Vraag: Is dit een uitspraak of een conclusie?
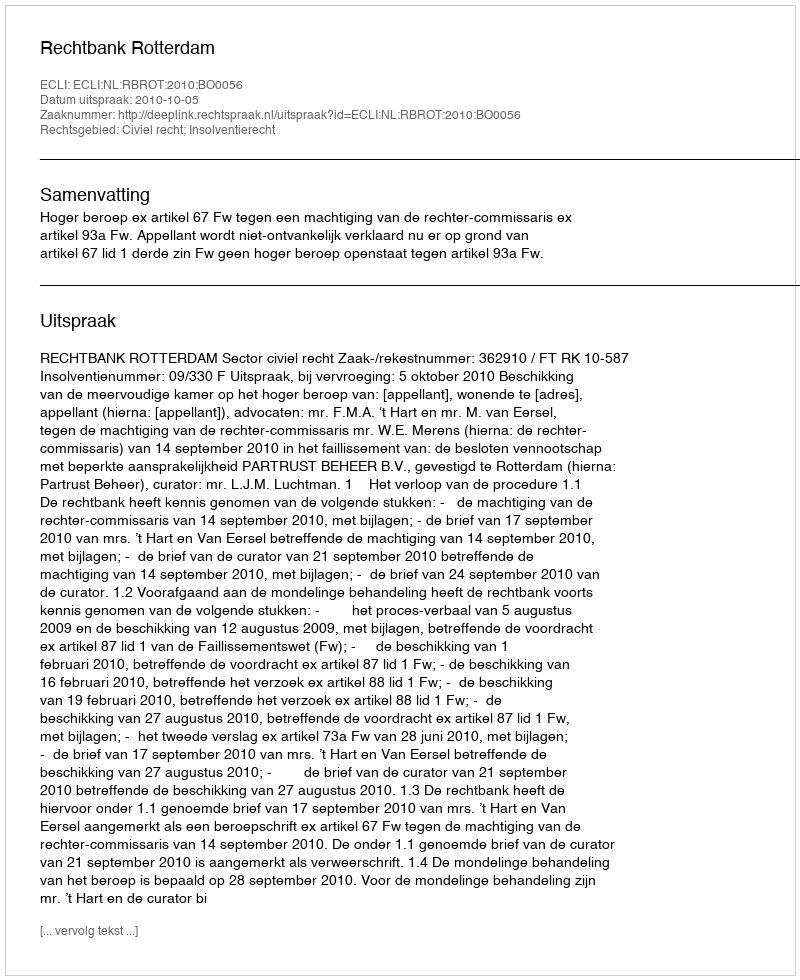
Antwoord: Uitspraak